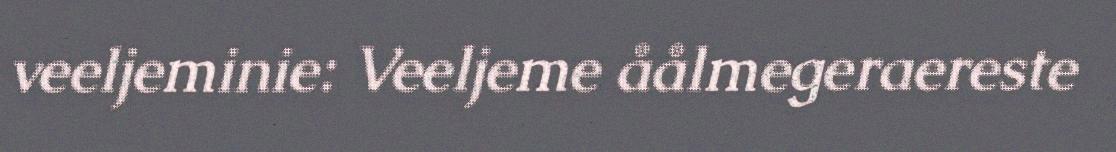
veeljeminie: Veeljeme åålmegeraereste